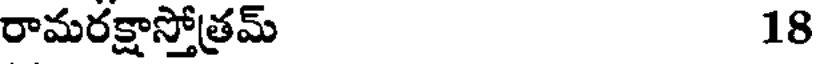
రామరక్షాస్తోత్రమ్ 18